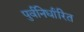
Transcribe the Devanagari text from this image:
पुर्वनिर्धारित